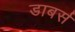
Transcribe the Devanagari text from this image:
डाबर्स